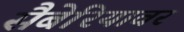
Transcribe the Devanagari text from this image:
सैबेरियावर